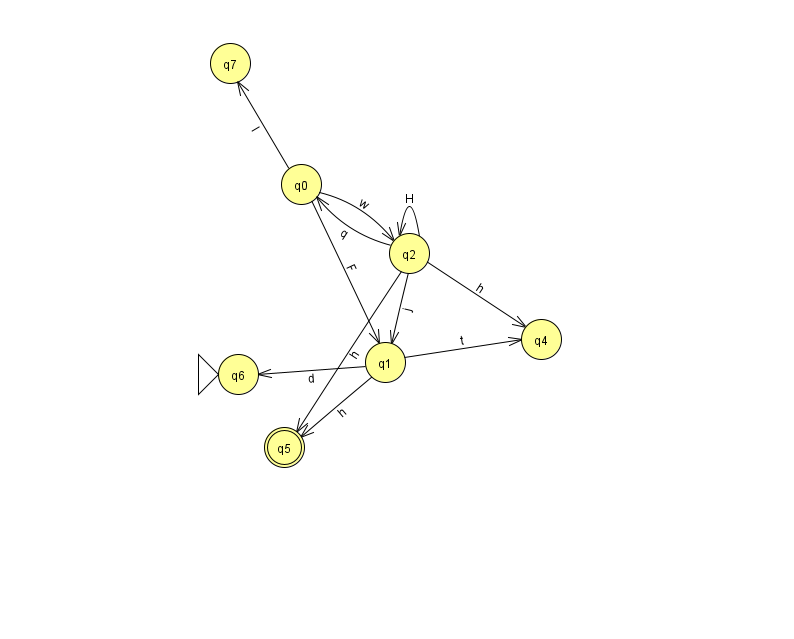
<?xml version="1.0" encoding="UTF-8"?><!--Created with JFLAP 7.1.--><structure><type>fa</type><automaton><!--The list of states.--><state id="0" name="q0"><x>301.0</x><y>171.0</y></state><state id="1" name="q1"><x>385.0</x><y>349.0</y></state><state id="2" name="q2"><x>409.0</x><y>240.0</y></state><state id="4" name="q4"><x>541.0</x><y>326.0</y></state><state id="5" name="q5"><x>284.0</x><y>434.0</y><final/></state><state id="6" name="q6"><x>238.0</x><y>361.0</y><initial/></state><state id="7" name="q7"><x>230.0</x><y>50.0</y></state><!--The list of transitions.--><transition><from>2</from><to>1</to><read>j</read></transition><transition><from>2</from><to>5</to><read>h</read></transition><transition><from>0</from><to>1</to><read>F</read></transition><transition><from>0</from><to>7</to><read>I</read></transition><transition><from>2</from><to>2</to><read>H</read></transition><transition><from>2</from><to>4</to><read>h</read></transition><transition><from>2</from><to>0</to><read>q</read></transition><transition><from>0</from><to>2</to><read>w</read></transition><transition><from>1</from><to>4</to><read>t</read></transition><transition><from>1</from><to>5</to><read>h</read></transition><transition><from>1</from><to>6</to><read>d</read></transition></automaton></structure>